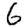
Digit: 6